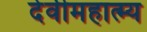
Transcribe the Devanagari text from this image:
देवीमहात्म्य